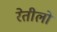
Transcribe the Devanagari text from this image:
रेतीलो